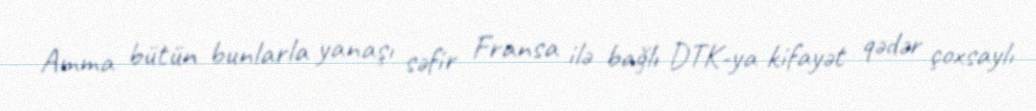
Amma bütün bunlarla yanaşı səfir Fransa ilə bağlı DTK-ya kifayət qədər çoxsaylı